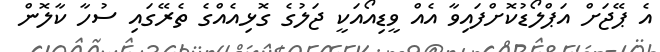
އެ ޕޭޖަށް އަޕްލޯޑުކޮށްފައިވާ އެއް ވީޑިއޯއަކީ ޖަލުގެ ގޮޅިއެއްގެ ތެރޭގައި ސުހާ ކާލޮން